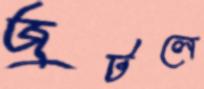
জুটলে